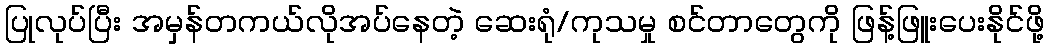
ပြုလုပ်ပြီး အမှန်တကယ်လိုအပ်နေတဲ့ ဆေးရုံ/ကုသမှု စင်တာတွေကို ဖြန့်ဖြူးပေးနိုင်ဖို့